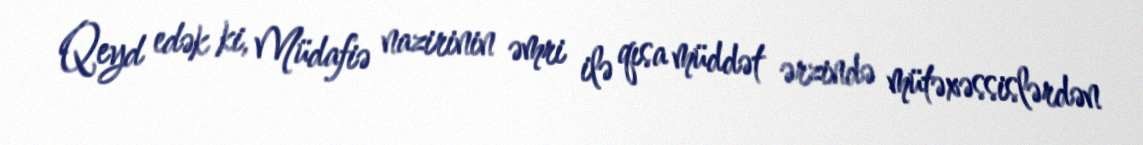
Qeyd edək ki, Müdafiə nazirinin əmri ilə qısa müddət ərzində mütəxəssislərdən